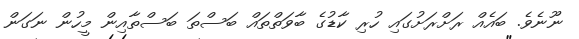
ނޫނެވެ. ބައެއް ރަށްރަށުގައި ހުރި ކާޑުގެ ބާވަތްތައް ބަސްތަ ބަސްތާއިން މީހުން ނަގަން